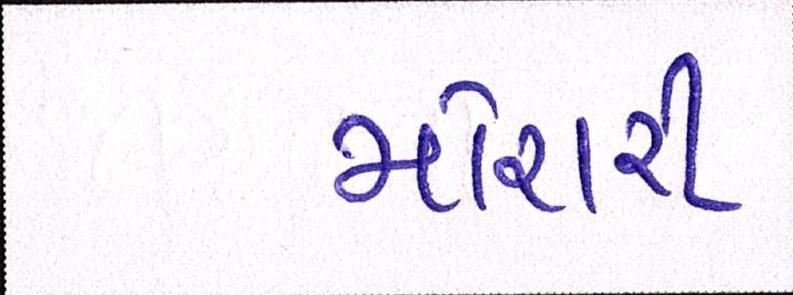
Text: મોરારી